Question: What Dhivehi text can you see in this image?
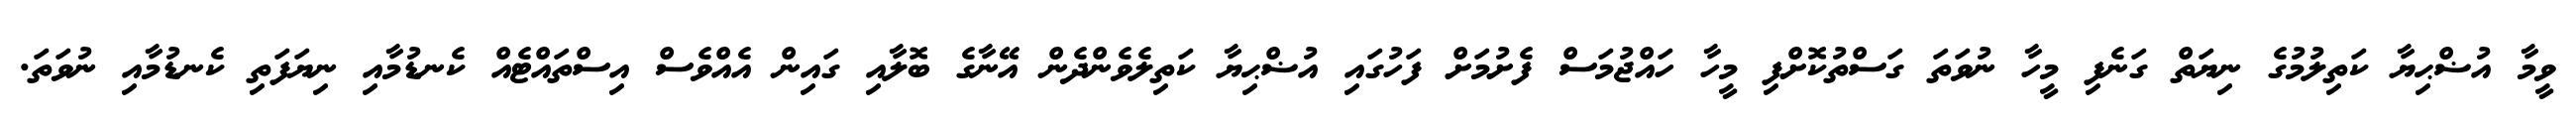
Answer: ވީމާ އުޟްޙިޔާ ކަތިލުމުގެ ނިޔަތް ގަނެފި މީހާ ނުވަތަ ގަސްތުކޮށްފި މީހާ ހައްޖުމަސް ފެށުމަށް ފަހުގައި އުޟްޙިޔާ ކަތިލެވެންދެން އޭނާގެ ބޮލާއި ގައިން އެއްވެސް އިސްތައްޓެއް ކެނޑުމާއި ނިޔަފަތި ކެނޑުމާއި ނުވަތަ.